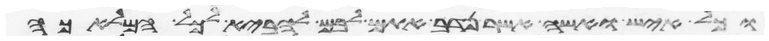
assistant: וכל איש ואשה אשר נדב אתם לבם להביא לכל המלאכה